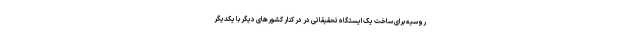
روسیه برای ساخت یک ایستگاه تحقیقاتی در در کنار کشورهای دیگر با یکدیگر